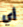
أي